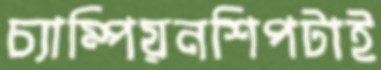
চ্যাম্পিয়নশিপটাই